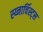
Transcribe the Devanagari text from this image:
स्य्नार्चिस्ट्स